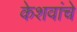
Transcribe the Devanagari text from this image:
केशवांचे